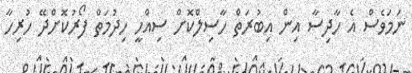
ނަމަވެސް އެ ހާދިސާ އިން އިބުރަތް ހާސިލްކޮށް ސިއްހީ ހިދުމަތް ފޯރުކޮށްދޭ ހުރިހާ